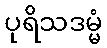
ပုရိသဒမ္မံ